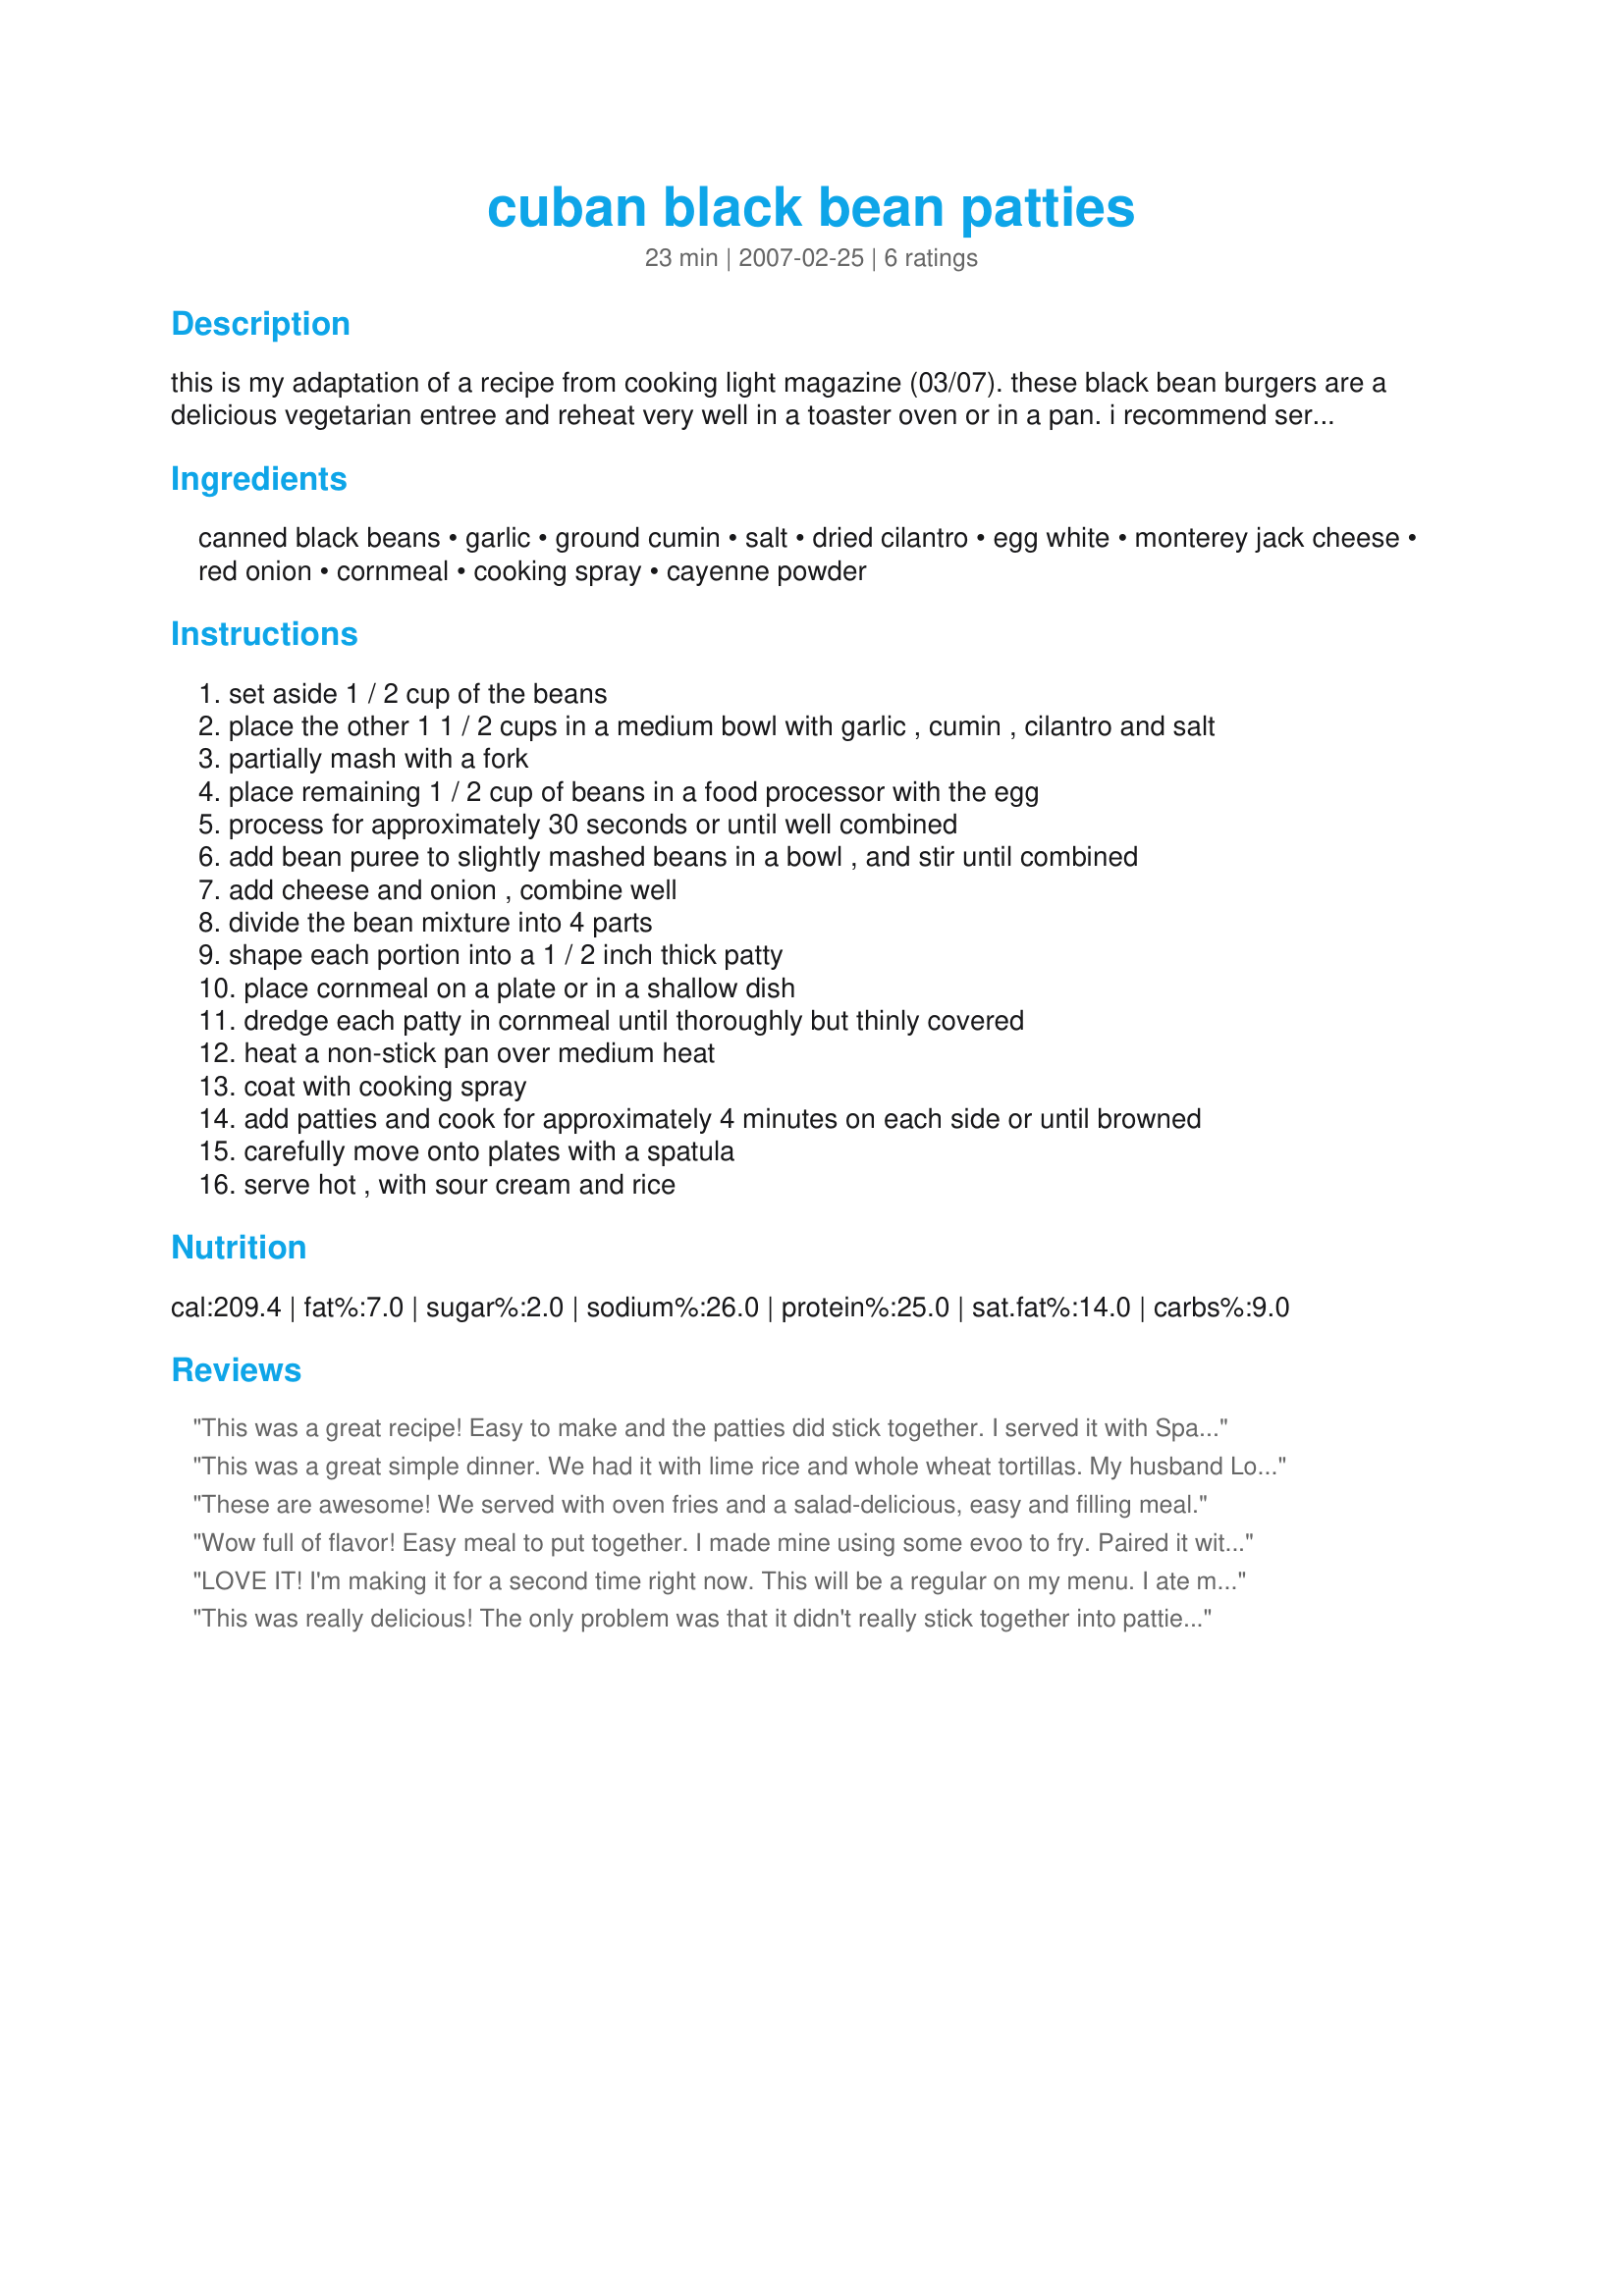
cuban black bean patties
Preparation time: 23 minutes

this is my adaptation of a recipe from cooking light magazine (03/07). these black bean burgers are a delicious vegetarian entree and reheat very well in a toaster oven or in a pan. i recommend serving them with rice, greens, salsa and sour cream. be careful to fully drain the beans and cook the patties long enough so that they will stay together.

Ingredients:
canned black beans, garlic, ground cumin, salt, dried cilantro, egg white, monterey jack cheese, red onion, cornmeal, cooking spray, cayenne powder

Steps:
set aside 1 / 2 cup of the beans
place the other 1 1 / 2 cups in a medium bowl with garlic , cumin , cilantro and salt
partially mash with a fork
place remaining 1 / 2 cup of beans in a food processor with the egg
process for approximately 30 seconds or until well combined
add bean puree to slightly mashed beans in a bowl , and stir until combined
add cheese and onion , combine well
divide the bean mixture into 4 parts
shape each portion into a 1 / 2 inch thick patty
place cornmeal on a plate or in a shallow dish
dredge each patty in cornmeal until thoroughly but thinly covered
heat a non-stick pan over medium heat
coat with cooking spray
add patties and cook for approximately 4 minutes on each side or until browned
carefully move onto plates with a spatula
serve hot , with sour cream and rice

Reviews:
This was a great recipe! Easy to make and the patties did stick together. I served it with Spanish Rice, sour cream and salsa.
This was a great simple dinner. We had it with lime rice and whole wheat tortillas. My husband Loved it.
These are awesome! We served with oven fries and a salad-delicious, easy and filling meal.
Wow full of flavor! Easy meal to put together. I made mine using some evoo to fry. Paired it with a side salad and sour cream and salsa. Will be making again! Thanks
LOVE IT! I'm making it for a second time right now. This will be a regular on my menu. I ate mine with salsa and sour cream.
This was really delicious! The only problem was that it didn't really stick together into patties, but once I rolled the tortillas closed it didn't matter anyway. I think I didn't drain the beans enough. I served this on tortillas with a dressing I made out of non-fat yogurt, light mayo, and a little taco seasoning from a package. The sauce was perfect with the beans! Thanks for posting!
